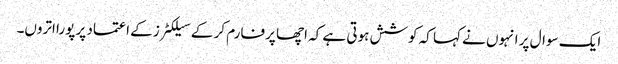
ایک سوال پر انہوں نے کہا کہ کوشش ہوتی ہے کہ اچھا پرفارم کر کے سیلکٹرز کے اعتماد پر پورا اتروں۔